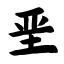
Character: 垩